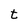
Character: t